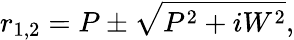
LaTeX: r_{1,2}=P\pm\sqrt{P^{2}+iW^{2}},